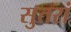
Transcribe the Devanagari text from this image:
सुतरां